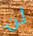
لن